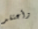
وأعتقد